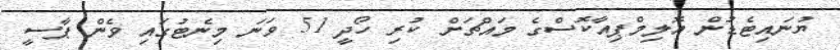
ޔުނައިޓެޑުން އޮލިމްޕިއާކޮސްގެ މައްޗަށް ކުރި ހޯދީ 51 ވަނަ މިނެޓުގައި ވެން ޕާސީ